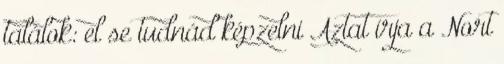
találok: el se tudnád képzelni Aztat írja a Nort